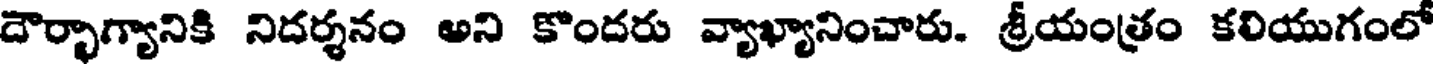
దౌర్భాగ్యానికి నిదర్శనం అని కొందరు వ్యాఖ్యానించారు. శ్రీయంత్రం కలియుగంలో